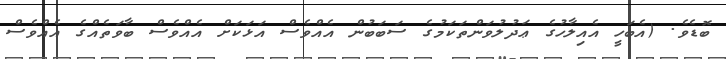
ބޮޑެވެ. (އެބަހީ އެއިލާހުގެ ޢަދުލުވަންތަކަމުގެ ސަބަބުން އެއްވެސް އަޅަކަށް އެއްވެސް ބާވަތެއްގެ އެއްވެސް